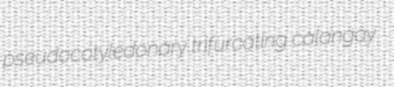
pseudocotyledonary trifurcating calangay